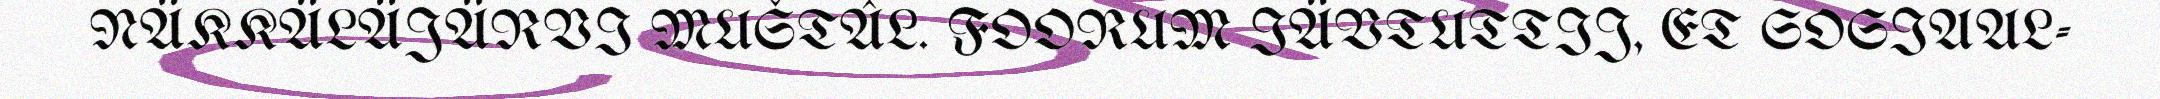
NÄKKÄLÄJÄRVI MUŠTÂL. FOORUM IÄVTUTTIJ, ET SOSIAAL-